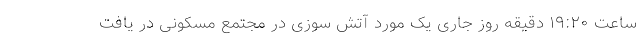
ساعت ١٩:٢٠ دقیقه روز جاری یک مورد آتش سوزی در مجتمع مسکونی در یافت